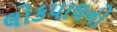
લોકપાલનો